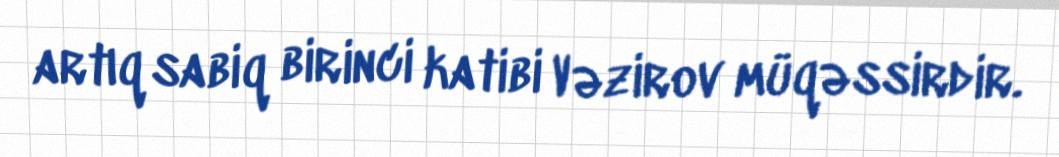
artıq sabiq birinci katibi Vəzirov müqəssirdir.